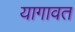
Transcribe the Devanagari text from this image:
यागावत